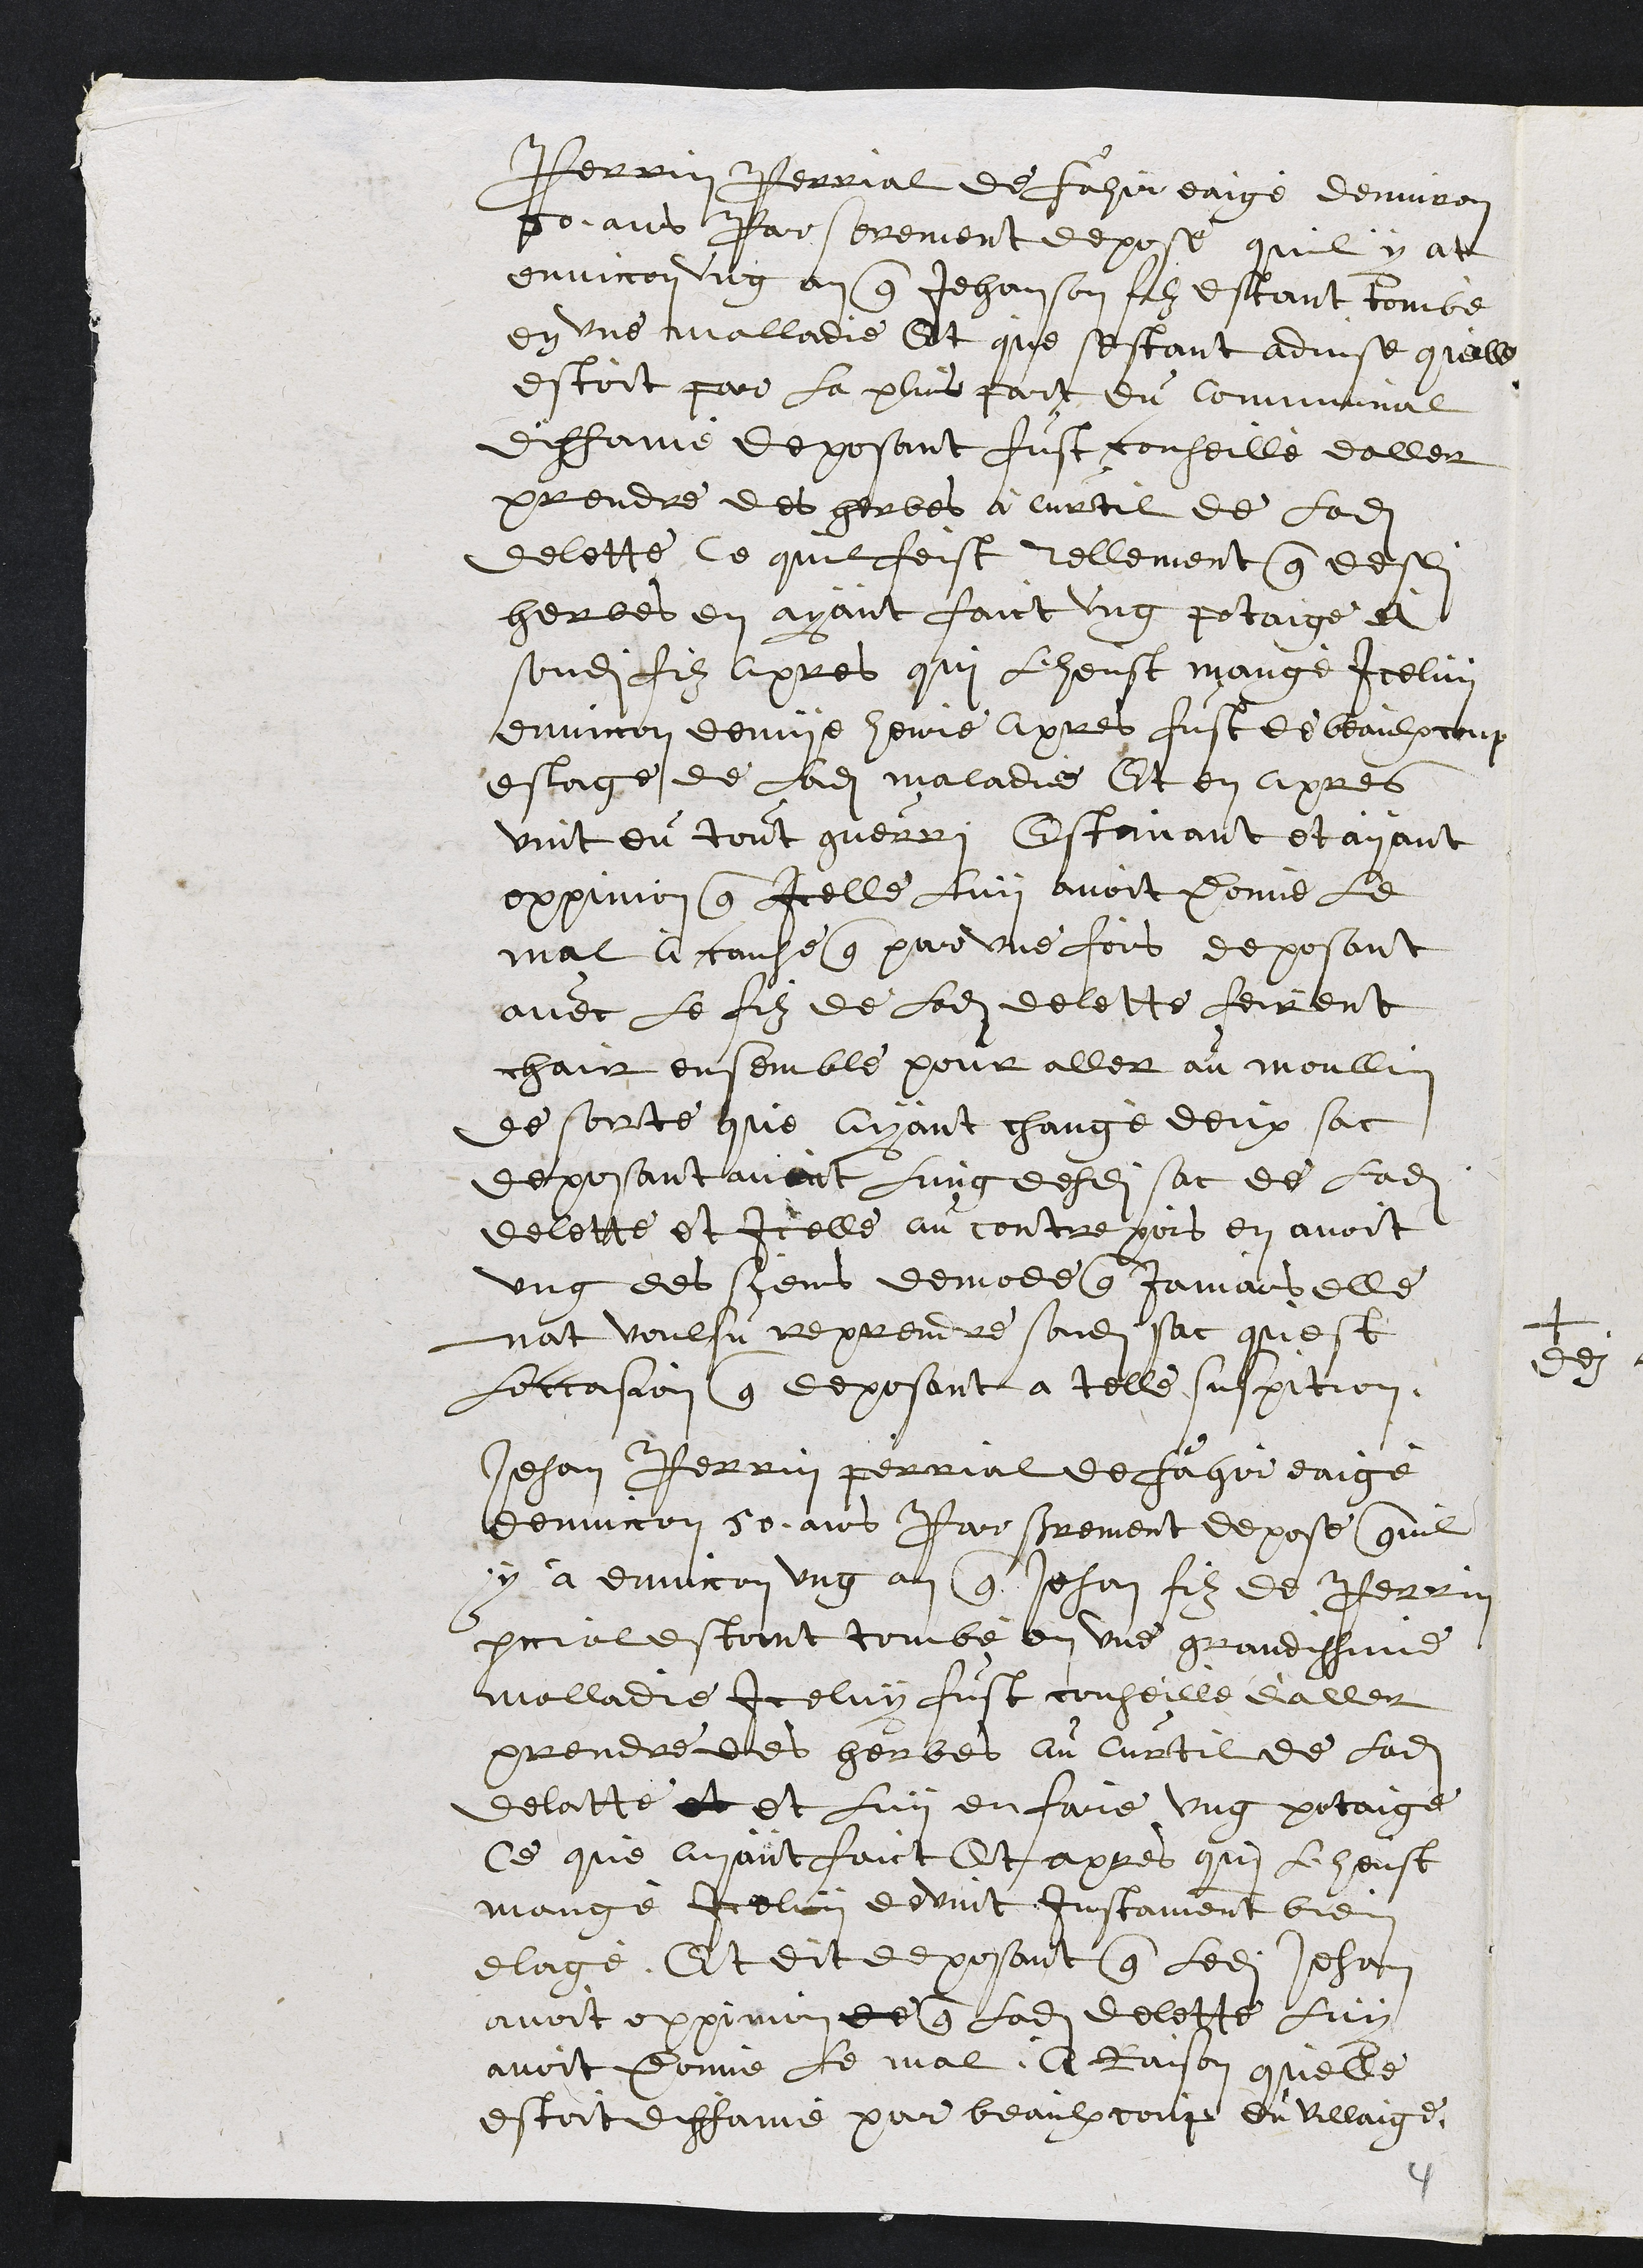
Perrin Perrial de Fahir eaigé denviron
50 ans Par serement depose quil y at
environ ung an que Jehan son filz estant tombé
en une malladie Et que sestant advise quelle
estoit par la plus part du Communal
diffamé deposant fust conseillé daller
prendre des herbes à curtil de ladite
delette, Ce quil feist tellement que desdites
herbes en ayant faict ung potaige et
sondit filz apres qui l'heust mangé Iceluy
environ demye heure apres fust de beaulxcoup
eslage de ladite maladie Et en apres
vint du tout guerri Estimant et ayant
oppinion que Icelle luy avoit Donné le
mal à cause que par une fois deposant
avec le filz de ladite delette feirent
chair ensemble pour aller au moullin
de sorte que ayant changé deux sac
deposant avoit lung desdits sac de ladite
delette et Icelle au contrepois en avoit
ung des siens demode que jamais elle
nat voulsu reprendre sondit sac quest
Loccasion que deposant a telle suspition.
Jehan Perrin perrial de Fahir eaigé
denviron 50 ans par serrement depose quil
y a environ ung an que Jehan filz de Perrin
perrial estoint tombé en une grandissime
malladie iceluy fust conseille d'aller
prendre de herbes au Curtil de ladite
delatte et et luy en faire ung potaige
Ce que ayant faict Et apres qui le heust
mangé Iceluy devint instamment bien
elagé, Et dit deposant que ledit Jehan
avoit oppinion de que ladite delette luy
avoit Donné le mal, A Raison quelle
estoit diffamé pour beaulxcoup du villaige,